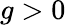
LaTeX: g>0